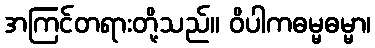
အကြင်တရားတို့သည်။ ဝိပါကဓမ္မဓမ္မာ၊